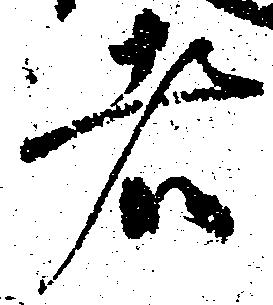
者